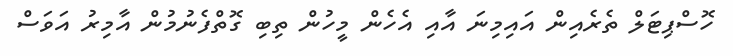
ހޮސްޕިޓަލް ތެރެއިން އައިމިނަ އާއި އެހެން މީހުން ތިބި ގޮތްފެނުމުން އާމިރު އަވަސް